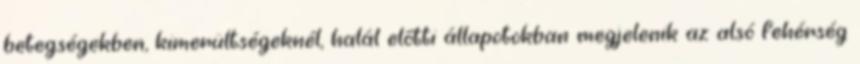
betegségekben, kimerültségeknél, halál előtti állapotokban megjelenik az alsó fehérség